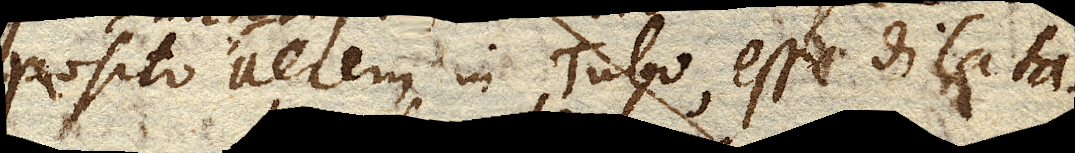
posito aerem in Tubo esse dilata